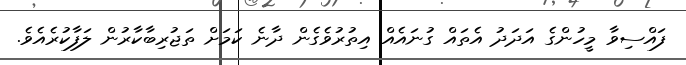
ފައްސިވާ މީހުންގެ އަދަދު އެތައް ގުނައެއް އިތުރުވެގެން ދާނެ ކަމަށް ތަޖުރިބާކާރުން ލަފާކުރެއެވެ.